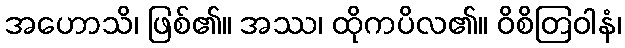
အဟောသိ၊ ဖြစ်၏။ အဿ၊ ထိုကပိလ၏။ ဝိစိတြဝါနံ၊